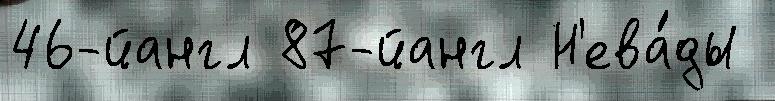
46-йангл 87-йангл Н'ева́ды